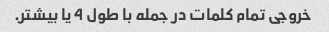
خروجی تمام کلمات در جمله با طول 4 یا بیشتر.